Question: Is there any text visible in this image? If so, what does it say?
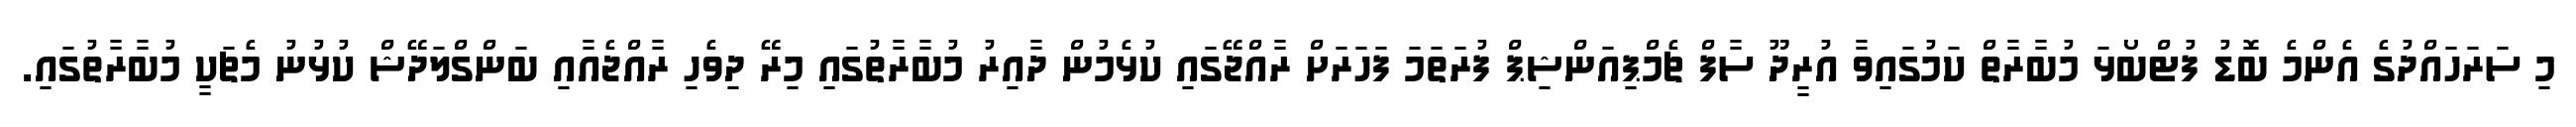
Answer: މި ސަރަހައްދުގެ އެންމެ ބޮޑު ފުޓްބޯޅަ މުބާރާތް ކަމުގައިވާ އުރީދޫ ސާފް ޗެމްޕިއަންޝިޕް ފުރަތަމަ ފަހަރަށް ރާއްޖޭގައި ކުޅެމުން ދާއިރު މުބާރާތުގައި މިރޭ ދިވެހި ރާއްޖެއާއި ބަންގްލަދޭޝް ކުޅުނު މެޗަކީ މުބާރާތުގައި.